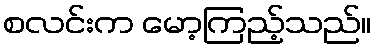
စလင်းက မော့ကြည့်သည်။